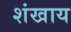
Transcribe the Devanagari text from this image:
शंखाय